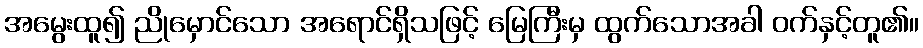
အမွေးထူ၍ ညိုမှောင်သော အရောင်ရှိသဖြင့် မြေကြီးမှ ထွက်သောအခါ ဝက်နှင့်တူ၏။